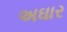
અઘાર